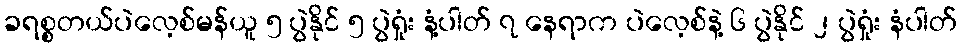
ခရစ္စတယ်ပဲလေ့စ်မန်ယူ ၅ ပွဲနိုင် ၅ ပွဲရှုံး နံ့ပါတ် ၇ နေရာက ပဲလေ့စ်နဲ့ ၆ ပွဲနိုင် ၂ ပွဲရှုံး နံပါတ်